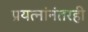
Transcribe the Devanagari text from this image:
प्रयत्नांनंतरही